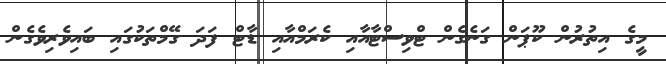
މީގެ އިތުރުން ކޫޕަން ގަނެގެން ޓްވިސްޓާއާއި ކެރަމްއާއި ޑާޓް ފަދަ ގޭމްތަކުގައި ބައިވެރިވެގެން